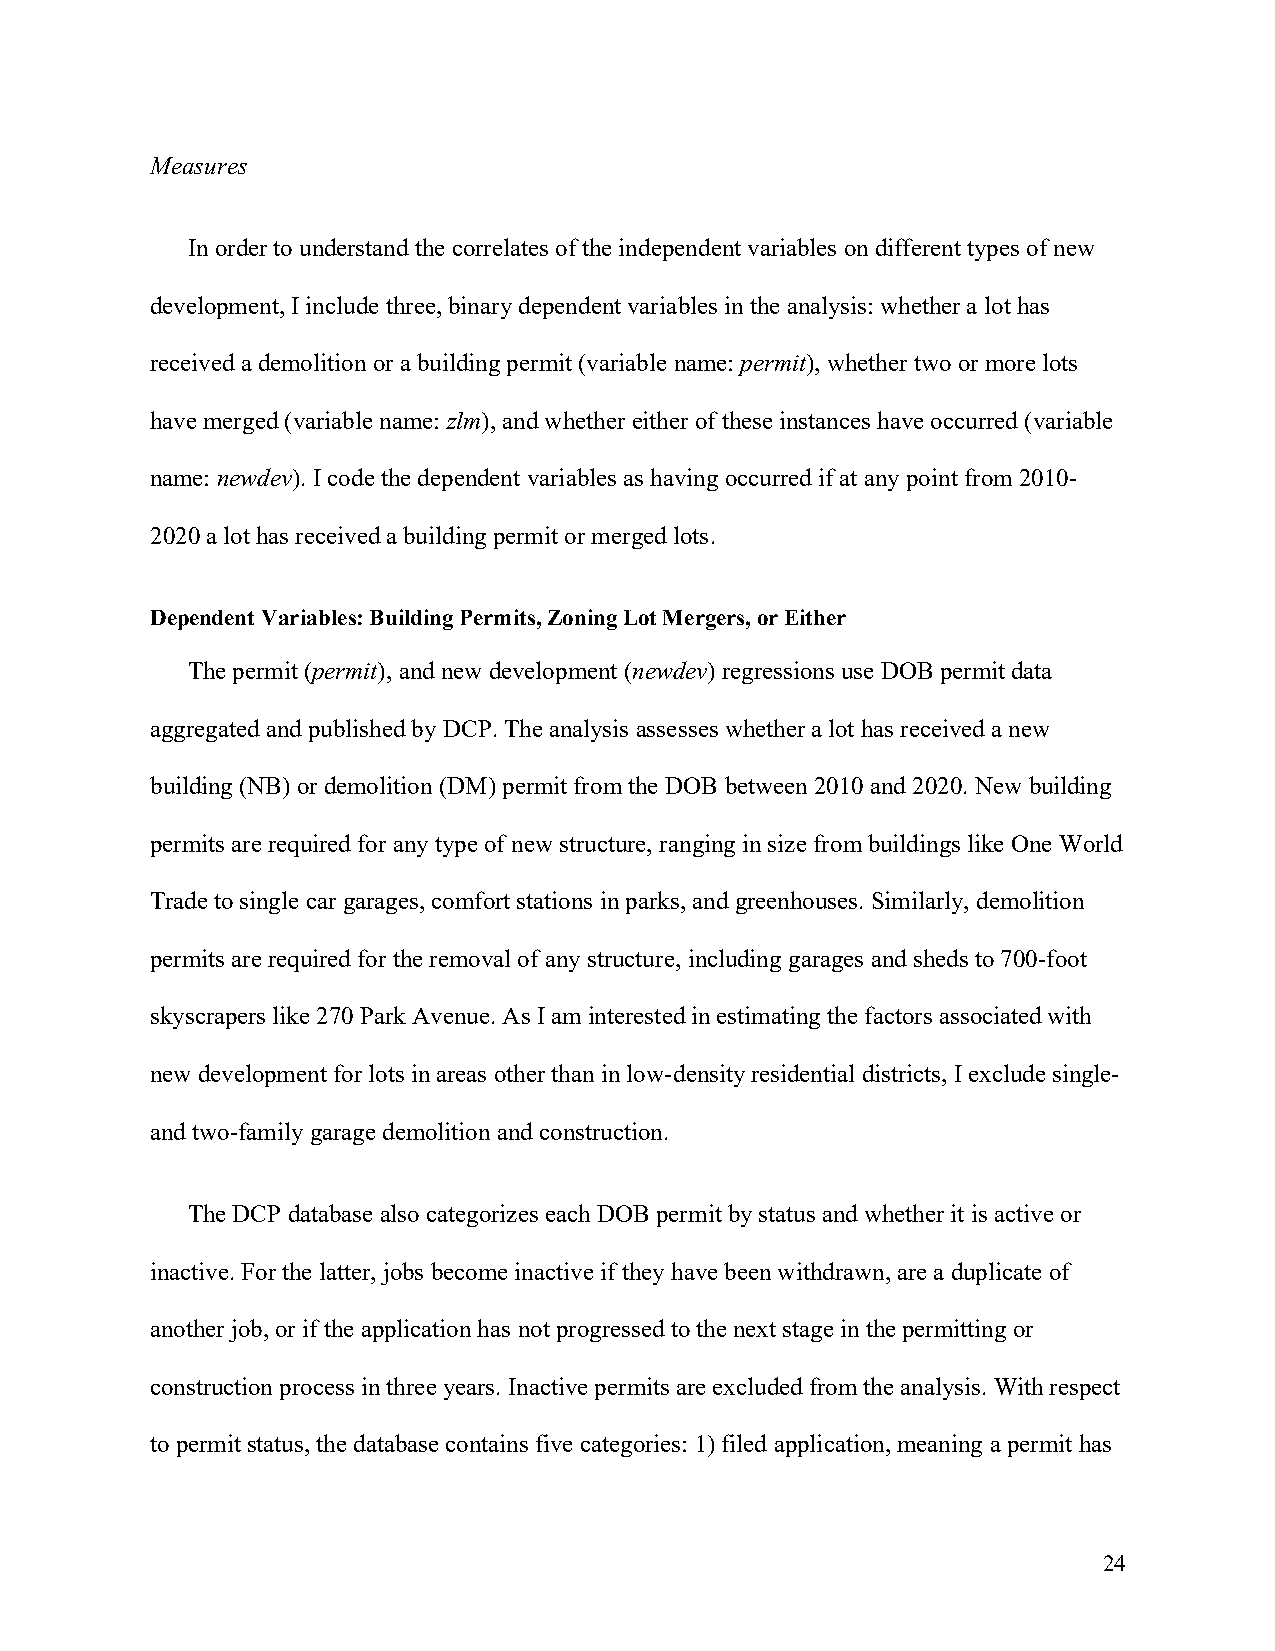
Measures
 In order to understand the correlates of the independent variables on different types of new
 development, I include three, binary dependent variables in the analysis: whether a lot has
 received a demolition or a building permit (variable name: permit), whether two or more lots
 have merged (variable name: zlm), and whether either of these instances have occurred (variable
 name: newdev). I code the dependent variables as having occurred if at any point from 2010-
 2020 a lot has received a building permit or merged lots.
 Dependent Variables: Building Permits, Zoning Lot Mergers, or Either
 The permit (permit), and new development (newdev) regressions use DOB permit data
 aggregated and published by DCP. The analysis assesses whether a lot has received a new
 building (NB) or demolition (DM) permit from the DOB between 2010 and 2020. New building
 permits are required for any type of new structure, ranging in size from buildings like One World
 Trade to single car garages, comfort stations in parks, and greenhouses. Similarly, demolition
 permits are required for the removal of any structure, including garages and sheds to 700-foot
 skyscrapers like 270 Park Avenue. As I am interested in estimating the factors associated with
 new development for lots in areas other than in low-density residential districts, I exclude single-
 and two-family garage demolition and construction.
 The DCP database also categorizes each DOB permit by status and whether it is active or
 inactive. For the latter, jobs become inactive if they have been withdrawn, are a duplicate of
 another job, or if the application has not progressed to the next stage in the permitting or
 construction process in three years. Inactive permits are excluded from the analysis. With respect
 to permit status, the database contains five categories: 1) filed application, meaning a permit has
 24